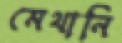
মেথানি